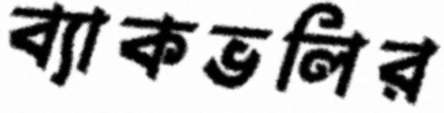
ব্যাকভলির